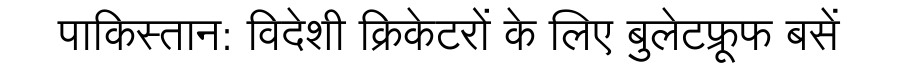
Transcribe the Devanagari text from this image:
पाकिस्तान: विदेशी क्रिकेटरों के लिए बुलेटफ्रूफ बसें